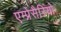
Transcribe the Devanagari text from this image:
एम्प्रेसैरियो